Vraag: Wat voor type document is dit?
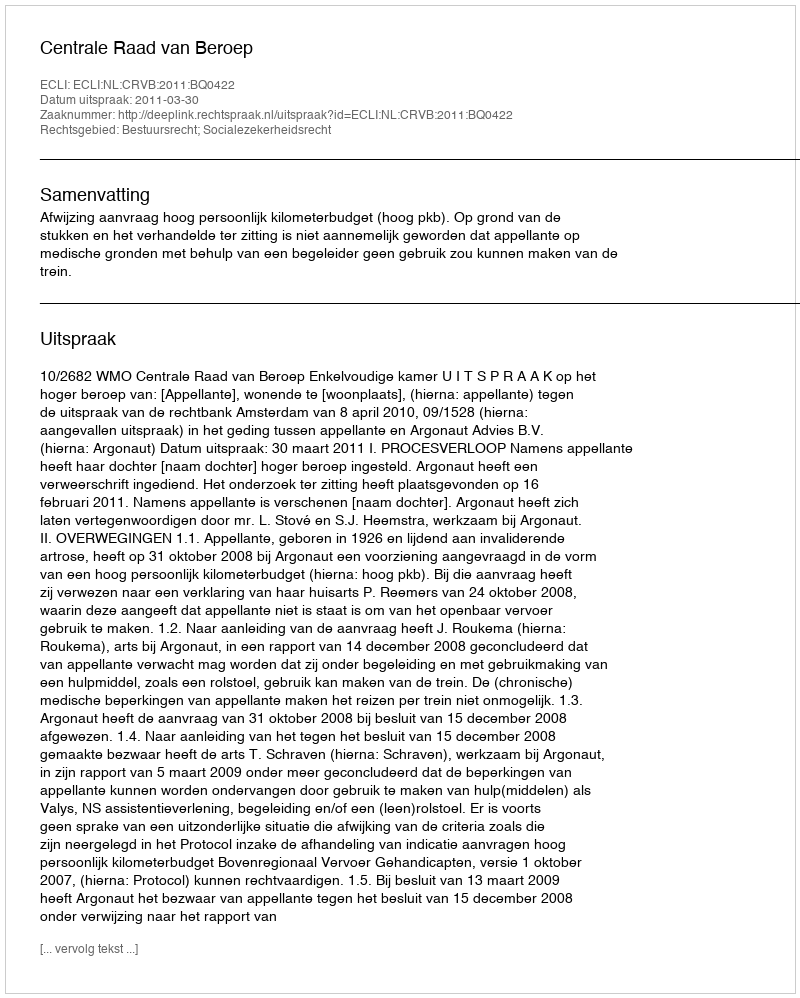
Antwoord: Uitspraak